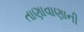
તાણાવાણાની